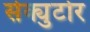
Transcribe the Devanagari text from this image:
सेक्युटोर